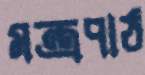
মন্ত্রপাঠ